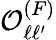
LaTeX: \mathcal{O}_{\ell\ell^{\prime}}^{(F)}